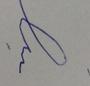
Signature authenticity: forged